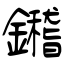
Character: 鑙